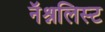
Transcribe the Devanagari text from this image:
नॅश्नलिस्ट